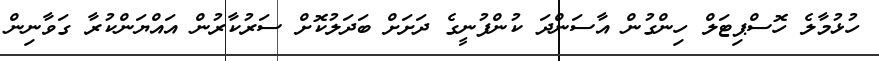
ހުޅުމާލެ ހޮސްޕިޓަލް ހިންގުން އާސަންދަ ކުންފުނީގެ ދަށަށް ބަދަލުކޮށް ސަރުކާރުން އައްޔަންކުރާ ގަވާނިން